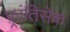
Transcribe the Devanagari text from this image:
फ़्रांतिसेक